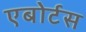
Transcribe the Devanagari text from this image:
एबोर्टस